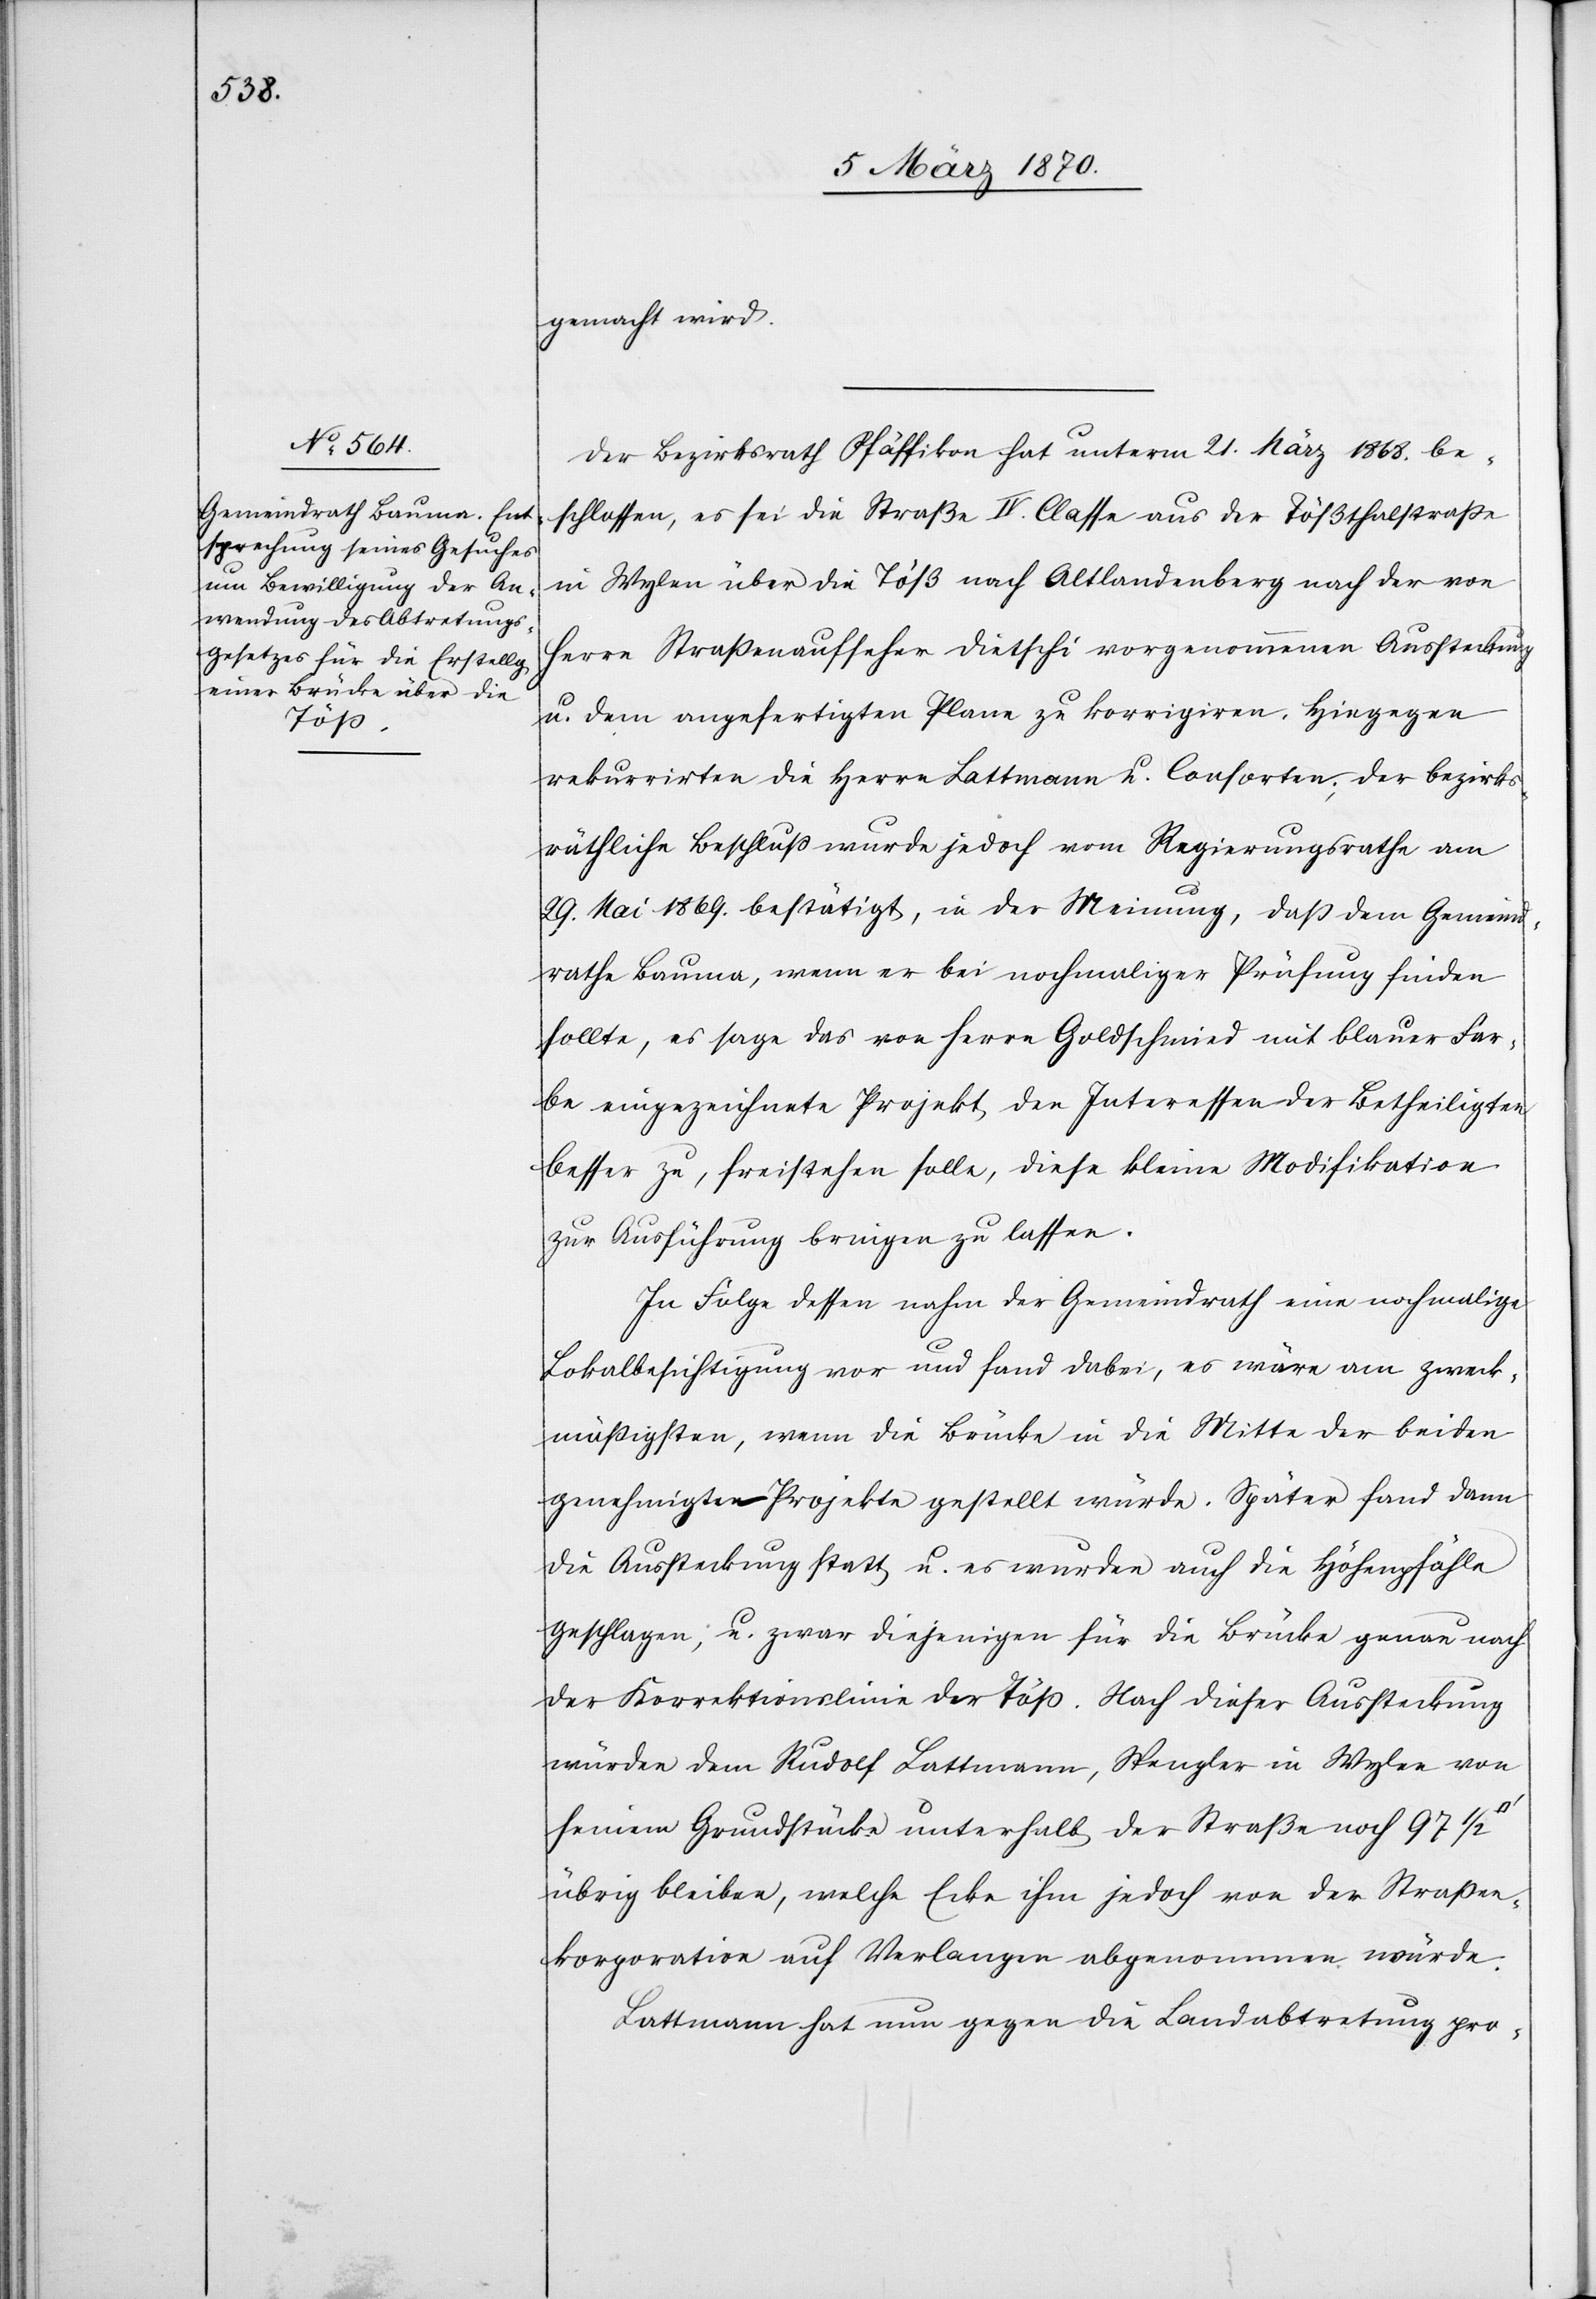
gemacht wird.
Der Bezirksrath Pfäffikon hat unterm 21. März 1868. be¬
schlossen, es sei die Straße IV. Classe aus der Tößthalerstraße
in Wylen über die Töß nach Altlandenberg nach der von
Herrn Straßenaufseher Dietschi vorgenommenen Aussteckung
u. dem angefertigten Plane zu korrigiren. Hingegen
rekurrirten die Herrn Lattmann u. Consorten. Der bezirks¬
räthliche Beschluß wurde jedoch vom Regierungsrathe am
29. Mai 1869. bestätigt, in der Meinung, daß dem Gemeind¬
rathe Bauma, wenn er bei nochmaliger Prüfung finden
sollte, es sage das von Herrn Goldschmied mit blauer Far¬
be eingezeichnete Projekt den Interessen der Betheiligten
besser zu, freistehen solle, diese kleine Modifikation
zur Ausführung bringen zu lassen.
In Folge dessen nahm der Gemeindrath eine nochmalige
Lokalbesichtigung vor und fand dabei, es wäre am zweck¬
mäßigsten, wenn die Brücke in die Mitte der beiden
genehmigten Projekte gestellt würde. Später fand dann
die Aussteckung statt u. es wurden auch die Höhenpfähle
geschlagen, u. zwar diejenigen für die Brücke genau nach
der Korrektionslinie der Töß. Nach dieser Aussteckung
würden dem Rudolf Lattmann, Spengler in Wylen von
seinem Grundstücke unterhalb der Straße noch 97 1/2
übrig bleiben, welche Ecke ihm jedoch von der Straßen¬
korporation auf Verlangen abgenommen würde.
Lattmann hat nun gegen die Landabtretung pro-